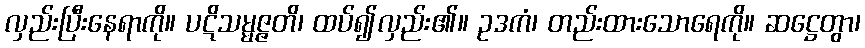
လှည်းပြီးနေရာကို။ ပဋိသမ္မဇ္ဇတိ၊ ထပ်၍လှည်း၏။ ဥဒကံ၊ တည်းထားသောရေကို။ ဆဋ္ဌေတွာ၊